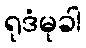
ရုဒံမုခါ